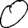
Digit: 0